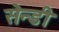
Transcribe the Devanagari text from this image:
सेन्डी